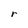
Character: r